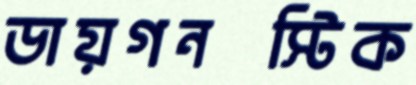
ডায়গনস্টিক